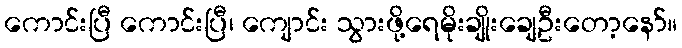
ကောင်းပြီ ကောင်းပြီ၊ ကျောင်း သွားဖို့ရေမိုးချိုးချေဦးတော့နော်။